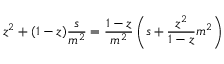
z ^ { 2 } + ( 1 - z ) \frac { s } { m ^ { 2 } } = \frac { 1 - z } { m ^ { 2 } } \left( s + \frac { z ^ { 2 } } { 1 - z } m ^ { 2 } \right)